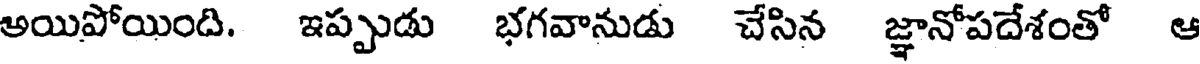
అయిపోయింది. ఇప్పుడు భగవానుడు చేసిన జ్ఞానోపదేశంతో ఆ